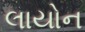
લાયોન